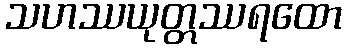
သဟဿယုတ္တဿရထော